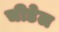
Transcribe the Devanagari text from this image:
चीडेल